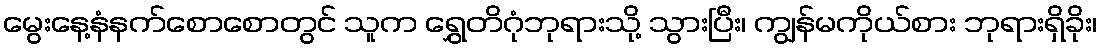
မွေးနေ့နံနက်စောစောတွင် သူက ရွှေတိဂုံဘုရားသို့ သွားပြီး၊ ကျွန်မကိုယ်စား ဘုရားရှိခိုး၊